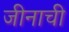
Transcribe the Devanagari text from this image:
जीनाची